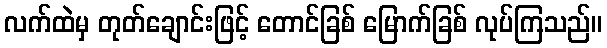
လက်ထဲမှ တုတ်ချောင်းဖြင့် တောင်ခြစ် မြောက်ခြစ် လုပ်ကြသည်။